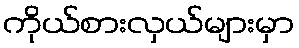
ကိုယ်စားလှယ်များမှာ